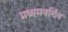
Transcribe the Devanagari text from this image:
मध्यमवर्गिय